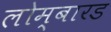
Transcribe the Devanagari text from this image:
लोम्बारड